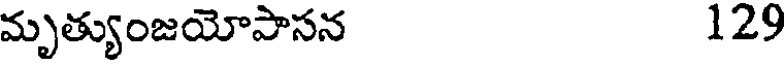
మృత్యుంజయోపాసన 129